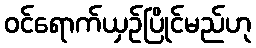
ဝင်ရောက်ယှဉ်ပြိုင်မည်ဟု